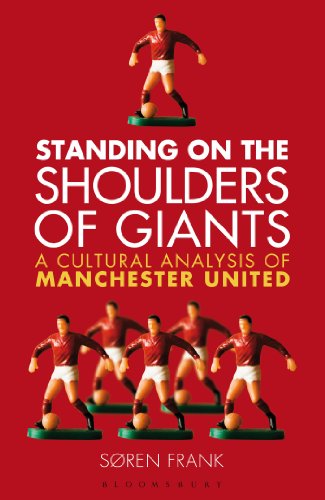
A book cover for Standing on the Shoulders of Giants: A Cultural Analysis of Manchester United; SÃ¸ren Frank; Biographies & Memoirs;